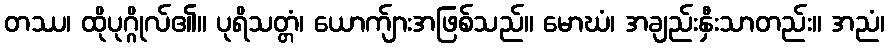
တဿ၊ ထိုပုဂ္ဂိုလ်၏။ ပုရိသတ္တံ၊ ယောက်ျားအဖြစ်သည်။ မောဃံ၊ အချည်းနှီးသာတည်း။ အညံ၊